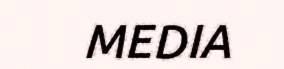
MEDIA